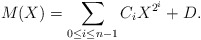
\begin{align*}M(X) = \sum_{0 \le i \le n-1} C_i X^{2^i} + D.\end{align*}